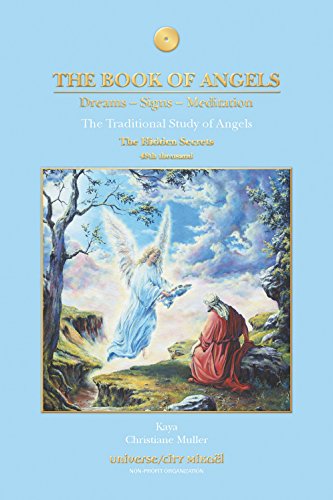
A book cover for The Book of Angels: Dreams, Signs, Meditation - The Hidden Secrets; Christiane Muller; Religion & Spirituality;